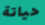
حياتة